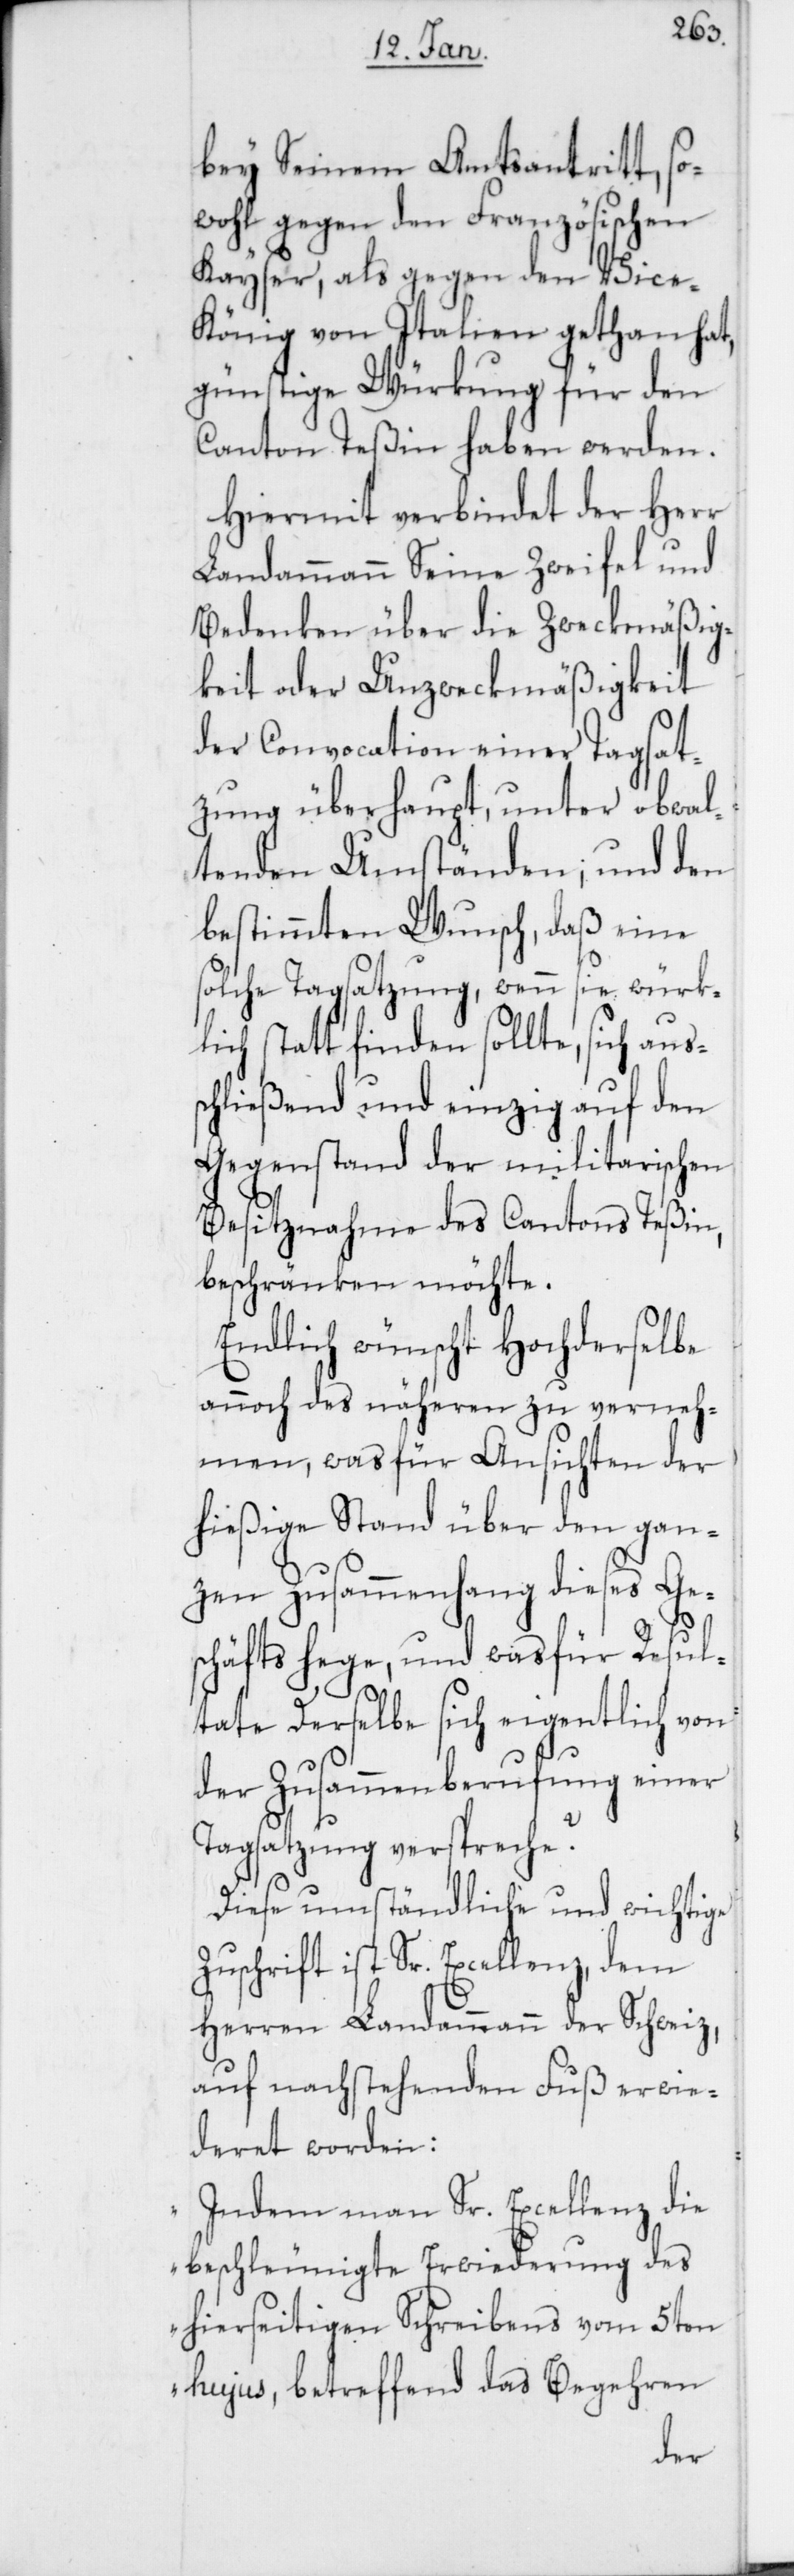
bey Seinem Amtsantritt, so¬
wohl gegen den Französischen
Kayser, als gegen den Vice-K¬
önig von Italien gethan hat,
günstige Würkung für den
Canton Teßin haben werden.
Hiermit verbindet der Herr
Landammann Seine Zweifel und
Bedenken über die Zweckmäßig¬
keit oder Unzweckmäßigkeit
der Convocation einer Tagsat¬
zung überhaupt, unter obwal¬
tenden Umständen; und den
bestimmten Wunsch, daß eine
solche Tagsatzung, wenn sie würk¬
lich stattfinden sollte, sich aus¬
schließend und einzig auf den
Gegenstand der militarischen
Besitznahme des Cantons Teßin
beschränken möchte.
Endlich wünscht Hochderselbe
annoch des näheren zu verneh¬
men, was für Ansichten der
hießige Stand über den gan¬
zen Zusammenhang dieses Ge¬
schäfts hege, und was für Resul¬
tate Derselbe sich eigentlich von
der Zusammenberufung einer
Tagsatzung verspreche?
Diese umständliche und wichtige
Zuschrift ist Sr. Excellenz, dem
Herren Landammann der Schweiz,
auf nachstehenden Fuß erwie¬
deret worden:
„Indem man Sr. Excellenz die
beschleunigte Erwiederung des
hierseitigen Schreibens vom 5ten
hujus, betreffend das Begehren